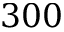
3 0 0